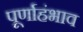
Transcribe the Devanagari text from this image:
पूर्णाहंभाव